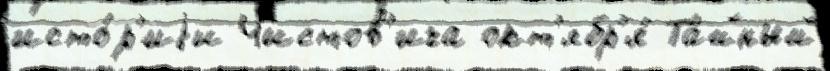
исто́р'иjи Чистов'ича окт'ябр'я́ Та́йный